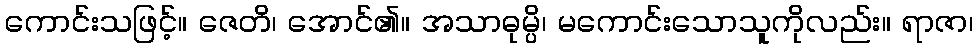
ကောင်းသဖြင့်။ ဇေတိ၊ အောင်၏။ အသာဓုမ္ပိ၊ မကောင်းသောသူကိုလည်း။ ရာဇာ၊